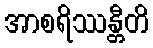
အာစရိဿန္တီတိ